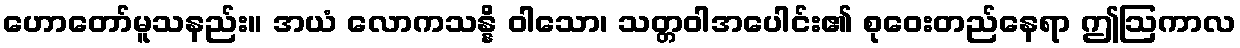
ဟောတော်မူသနည်း။ အယံ လောကသန္နိ ဝါသော၊ သတ္တဝါအပေါင်း၏ စုဝေးတည်နေရာ ဤဩကာလ